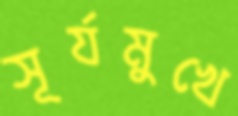
সূর্যমুখে